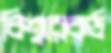
বিশ্বরেকর্ড